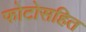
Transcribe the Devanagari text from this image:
फोटोसहित